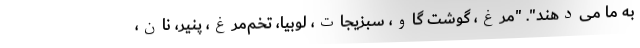
به ما می‌دهند". "مرغ، گوشت گاو، سبزیجات، لوبیا، تخم‌مرغ، پنیر، نان،